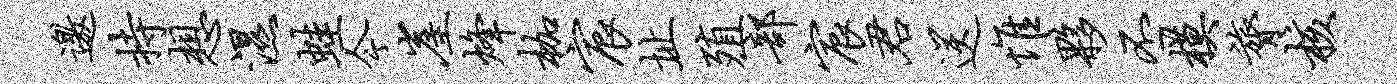
邀持想湿蛙今崖烽枷宸址殖部宸君送惟夥丕模膂核